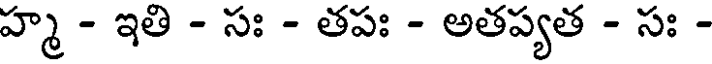
హ్మ - ఇతి - సః - తపః - అతప్యత - సః -